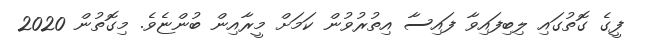
ފީގެ ގޮތުގައި ލިބިފައިވާ ފައިސާ އިތުރުވުން ކަމަށް މީރާއިން ބުންޏެވެ. މިގޮތުން 2020